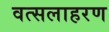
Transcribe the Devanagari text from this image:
वत्सलाहरण